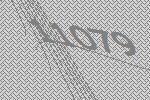
11079